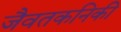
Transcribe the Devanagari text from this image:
जैवतकनिकी